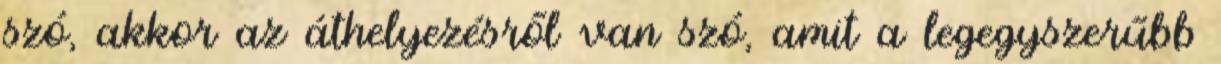
szó, akkor az áthelyezésről van szó, amit a legegyszerűbb